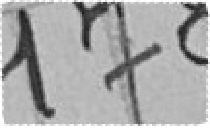
178